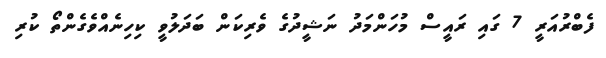
ފެބްރުއަރީ 7 ގައި ރައީސް މުހަންމަދު ނަޝީދުގެ ވެރިކަން ބަދަލުވީ ކިހިނެއްވެގެންތޯ ކުރި